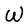
Character: W